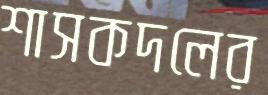
শাসকদলের